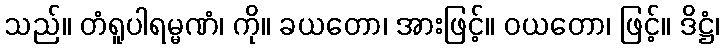
သည်။ တံရူပါရမ္မဏံ၊ ကို။ ခယတော၊ အားဖြင့်။ ဝယတော၊ ဖြင့်။ ဒိဋ္ဌံ၊